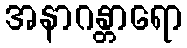
အနာဂန္တာရော